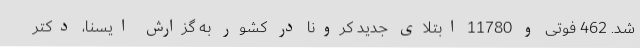
شد. 462 فوتی و 11780 ابتلای جدید کرونا در کشور به گزارش ایسنا، دکتر